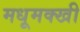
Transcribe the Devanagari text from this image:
मधूमक्खी